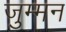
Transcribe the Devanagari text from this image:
जुम्मन